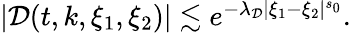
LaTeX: \begin{array}{r}{\left|\mathcal{D}(t,k,\xi_{1},\xi_{2})\right|\lesssim e^{-\lambda_{\mathcal{D}}|\xi_{1}-\xi_{2}|^{s_{0}}}.}\end{array}